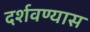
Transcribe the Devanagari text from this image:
दर्शवण्यास